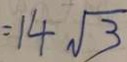
= 1 4 \sqrt { 3 }